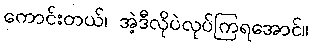
ကောင်းတယ်၊ အဲ့ဒီလိုပဲလုပ်ကြရအောင်။